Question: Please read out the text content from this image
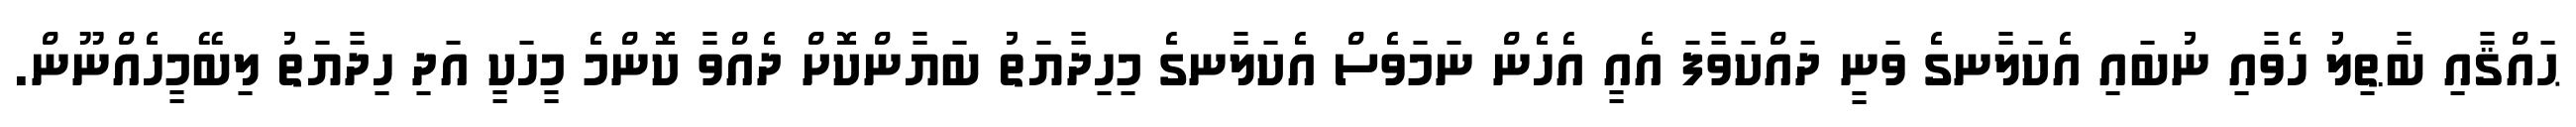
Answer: ޙައްޤާއި ބާޠިލު ހެވާއި ނުބައި އެކަލާނގެ ވަނީ ދައްކަވާފަ އެއީ އެހެން ނަމަވެސް އެކަލާނގެ މިހިދާޔަތު ބަޔާންކޮށް ދެއްވާ ކޮންމެ މީހަކީ އަދި ހިދާޔަތު ލިބޭމީހެއްނޫން.